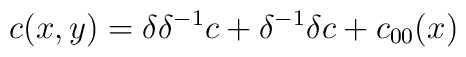
c(x,y) =  \delta \delta^{-1}c + \delta^{-1}\delta c + c_{00}(x)